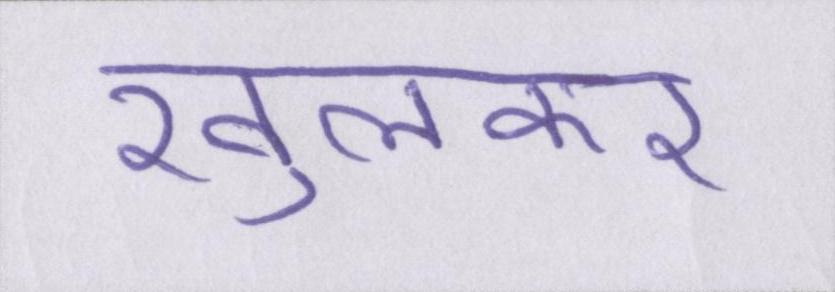
खुलकर